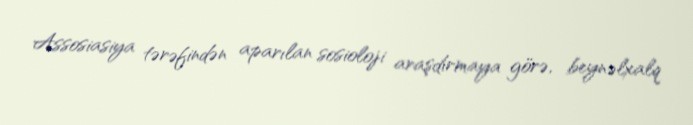
Assosiasiya tərəfindən aparılan sosioloji araşdırmaya görə, beynəlxalq